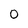
Character: 0